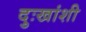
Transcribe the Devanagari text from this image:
दुःखांशी